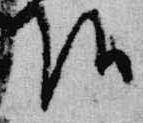
頭